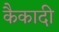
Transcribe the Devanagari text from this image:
कैकादी